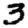
Digit: 3